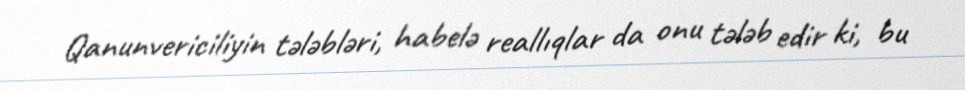
Qanunvericiliyin tələbləri, habelə reallıqlar da onu tələb edir ki, bu